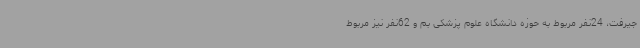
جیرفت، 24نفر مربوط به حوزه دانشگاه علوم پزشکی بم و 62نفر نیز مربوط